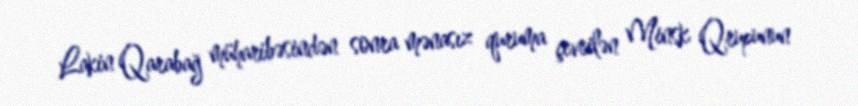
Lakin Qarabağ müharibəsindən sonra mənasız quruma çevrilən Minsk Qrupunun